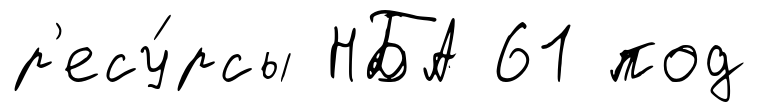
р'есу́рсы НБА 61 под